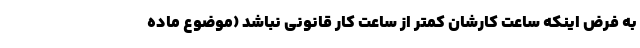
به فرض اینکه ساعت کارشان کمتر از ساعت کار قانونی نباشد (موضوع ماده